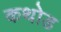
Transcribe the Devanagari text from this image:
कथोड